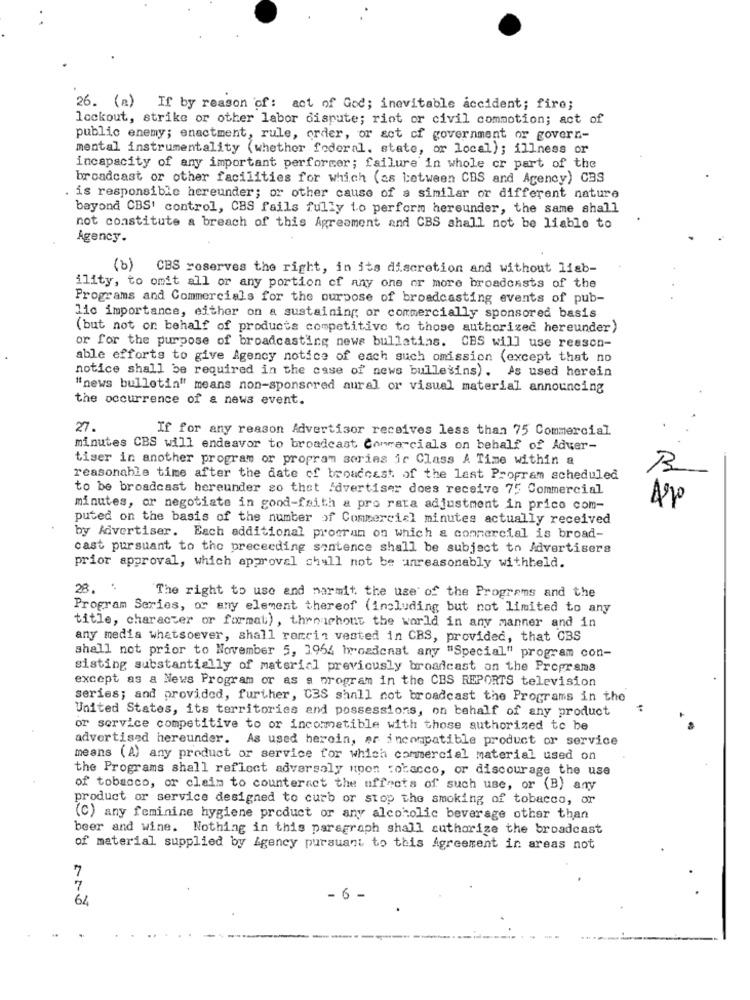
26. (a) If by reason of: act of God; inevitable accident; fire;
lockout, strike or other labor dispute; riot or civil commotion; act of
public enemy; enactment, rule, order, or sct cf government or govern-
mental instrumentality (whether federal, state, or local); illness or
incapacity of any important performer; failure in whole or part of the
broadcast or other facilities for which (as between CBS and Agency) CBS
is responsible hereunder; or other cause of a similar or different nature
bayond CBS' control, CBS fails fully to perform hereunder, the same shall
not constitute a breach of this Agreement and CBS shall not be liable to
Agency.
(b) CBS reserves the right, in its discretion and without liab-
ility, to omit all or any portion of any one or more broadcasts of the
Programs and Commercials for the purpose of broadcasting events of pub-
lic importance, either on a sustaining or commercially sponsored basis
(but not on behalf of products competitive to those authorized hereunder)
or for the purpose of broadcasting news bulletins. CBS will use reason-
able efforts to give Agency notice of each such omission (except that no
notice shall be required in the case of news bulletins). As used herein
"news bulletin" means non-sponsored aural or visual material announcing
the occurrence of & news event.
27.
If for any reason Advertiser receives less than 75 Commercial
minutes CBS will endeavor to broadcast Commercials on behalf of Adwer-
tiser in another program or propram sories ir Class A Time within a
reasonable time after the date of broadcast of the last Propram scheduled
to be broadcast hereunder so that Advertiser does receive 75 Commercial
5
minutes, or negotiate in good-faith a pro rata adjustment in prico com-
puted on the basis of the number of Commercial minutes actually received
by Advertiser. Each additional program on which & commercial is broad-
cast pursuant to the preceeding sentence shall be subject to Advertisers
prior approval, which approval shall not be unreasonably withheld.
28. .
The right to use and marmit. the use of the Programs and the
Program Series, or any element thereof (including but not limited to any
title, character or format), throughout the world in any manner and in
any media whatsoever, shall romcin vested in CBS, provided, that CBS
shall not prior to November 5, 3964 broadcast any "Special" program con-
sisting substantially of material previously broadcast on the Programs
except as a News Program or as a program in the CES REPORTS television
series; and provided, further, CBS shall not broadcast the Programs in the
United States, its territories and possessions, on behalf of any product
or service competitive to or incompatible with those authorized to be
advertised hereunder. As used herein, ar incompatible product or service
means (A) any product or service for which commercial material used on
the Programs shall reflect adversely upon tobacco, or discourage the use
of tobacco, or claim to counteract the uffeets of such use, or (B) any
product or service designed to curb or stop the smoking of tobacco, or
(C) any feminine hygiene product or any alcoholic beverage other than
beer and wine. Nothing in this paragraph shall authorize the broadcast
of material supplied by Agency pursuant to this Agreement in areas not
7
7
- 6 -